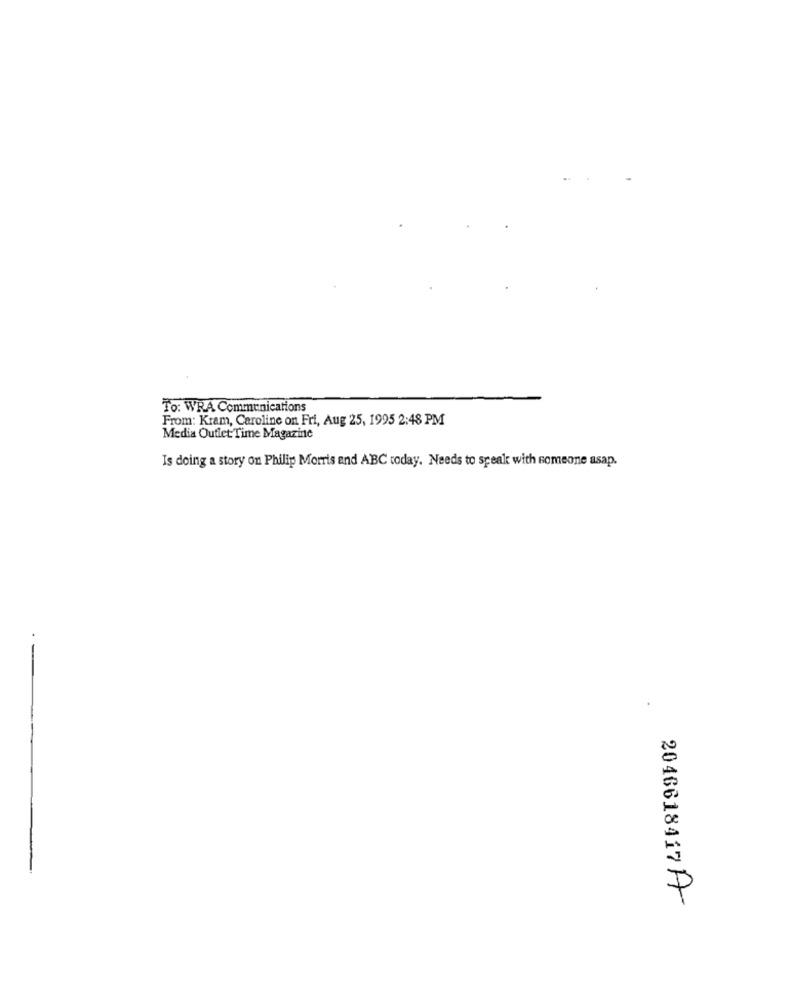
To: WRA Communications
From: Kram, Caroline on Fri, Aug 25, 1995 2:48 PM
Media Outlet Time Magazine
Is doing a story on Philip Morris and ABC today. Needs to speak with someone asap.
2016618417 A